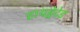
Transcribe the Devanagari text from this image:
हायड्रेटेड